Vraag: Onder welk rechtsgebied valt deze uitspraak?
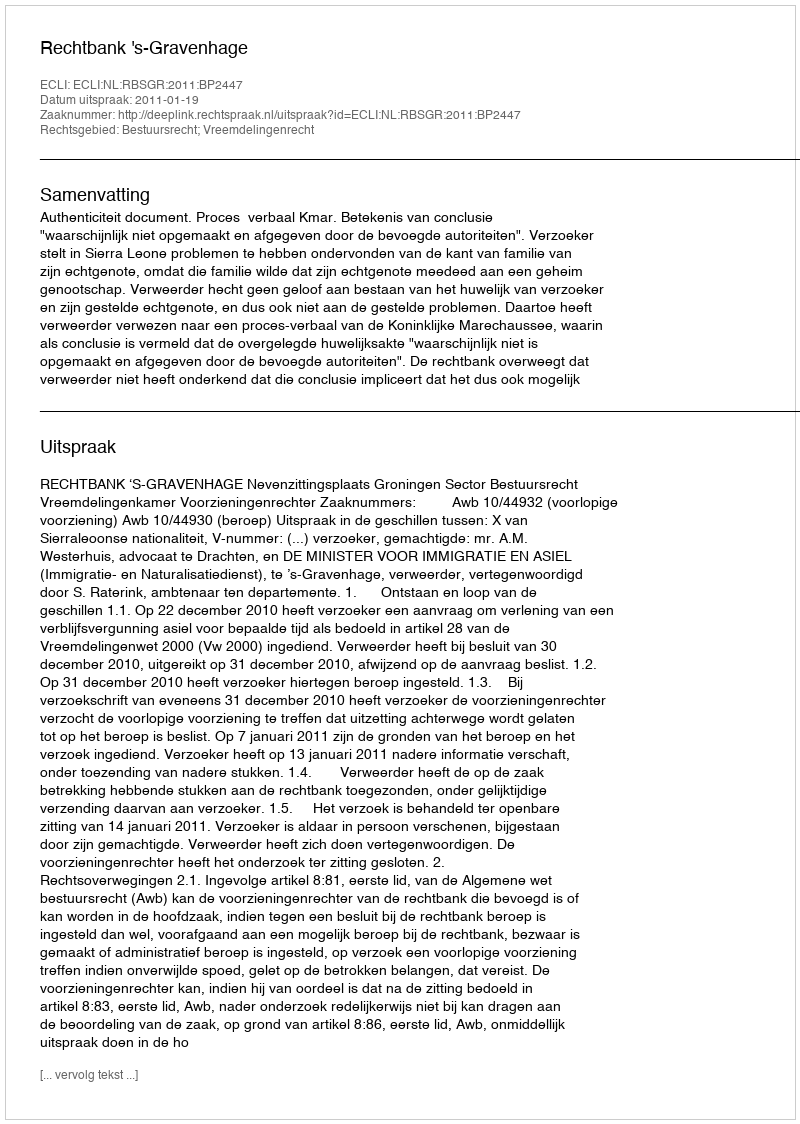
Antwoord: Bestuursrecht; Vreemdelingenrecht